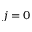
j = 0